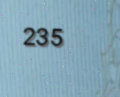
235